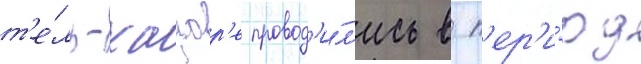
т'е́ль-хацор'е провод'и́л'ись в п'ер'и́од